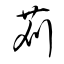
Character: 苅